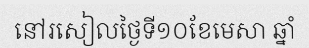
នៅរសៀលថ្ងៃទី១០ខែមេសា ឆ្នាំ